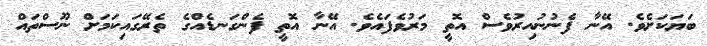
ބަޔަކަށެވެ. އޭނާ ފެނުނުއިރުވެސް އޮތީ މަރުވެފައެވެ. އޭނާ އޮތީ ފެންގަނޑެއްގެ ތެރޭގައިކަމަށް ނޫސްތައް